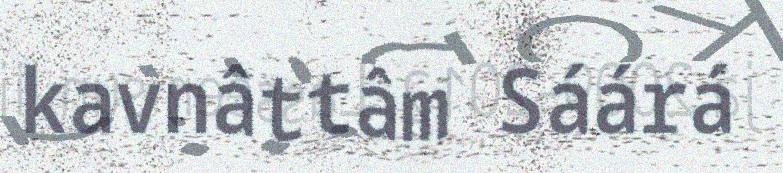
kavnâttâm Sáárá